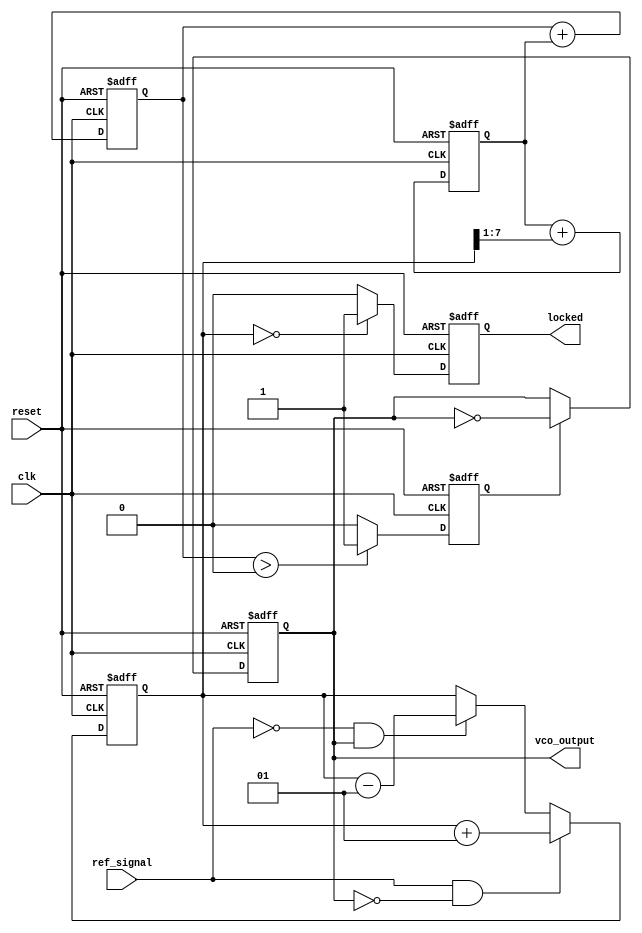
module sigma_delta_pll (
    input wire clk,               // System clock
    input wire reset,             // Asynchronous reset
    input wire ref_signal,        // Reference signal input
    output reg vco_output,        // VCO output frequency
    output reg locked             // PLL lock indicator
);

    // Parameters for the PD and other components
    parameter PHASE_DETECTOR_WIDTH = 8; // Width of the PD output
    parameter LOOP_FILTER_WIDTH = 16;    // Width of the loop filter output
    parameter MODULATOR_WIDTH = 1;       // Width of the modulator output

    // Internal signals
    reg signed [PHASE_DETECTOR_WIDTH-1:0] pd_output; // Phase Detector output
    reg signed [LOOP_FILTER_WIDTH-1:0] loop_filter_output; // Loop Filter output
    reg [MODULATOR_WIDTH-1:0] sigma_delta_output; // Sigma-Delta Modulator output
    reg signed [LOOP_FILTER_WIDTH-1:0] integrator; // Integrator for Sigma-Delta Modulator
    reg [15:0] feedback_freq; // Feedback frequency divider
    reg [15:0] target_freq; // Target frequency after division

    // Phase Detector (simplified)
    always @(posedge clk or posedge reset) begin
        if (reset) begin
            pd_output <= 0;
        end else begin
            // Simple edge detection (example)
            if (ref_signal && !vco_output)   
                pd_output <= pd_output + 1;
            else if (!ref_signal && vco_output)
                pd_output <= pd_output - 1;
        end
    end

    // Loop Filter (2nd order low-pass filter)
    always @(posedge clk or posedge reset) begin
        if (reset) begin
            loop_filter_output <= 0;
        end else begin
            loop_filter_output <= loop_filter_output + (pd_output >>> 1); // Simple averaging
        end
    end

    // Sigma-Delta Modulator (1st order)
    always @(posedge clk or posedge reset) begin
        if (reset) begin
            integrator <= 0;
            sigma_delta_output <= 0;
        end else begin
            integrator <= integrator + loop_filter_output;
            sigma_delta_output <= (integrator > 0) ? 1'b1 : 1'b0; // Comparator
        end
    end

    // Voltage-Controlled Oscillator (VCO)
    always @(posedge clk or posedge reset) begin
        if (reset) begin
            vco_output <= 0;
            locked <= 0;
        end else begin
            // Here the actual frequency generation logic would reside
            // For simulation, we toggle the output based on modulator signal
            if (sigma_delta_output) begin
                vco_output <= ~vco_output; // Simple toggling for demo
            end

            // Check if locked (example condition)
            if (pd_output == 0)
                locked <= 1;
            else
                locked <= 0;
        end
    end

endmodule